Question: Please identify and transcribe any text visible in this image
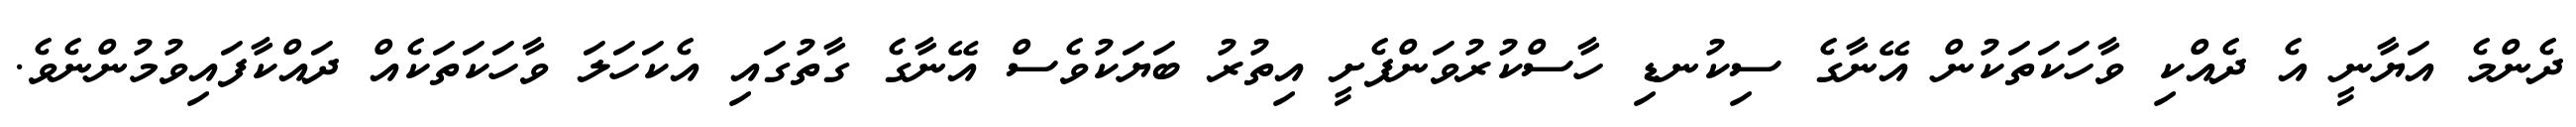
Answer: ދެންމެ އަޔާނީ އެ ދެއްކި ވާހަކަތަކުން އޭނާގެ ސިކުނޑި ހާސްކުރުވަންފެށީ އިތުރު ބަޔަކުވެސް އޭނާގެ ގާތުގައި އެކަހަލަ ވާހަކަތަކެއް ދައްކާފައިވުމުންނެވެ.